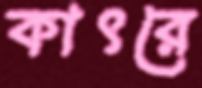
কাৎরে